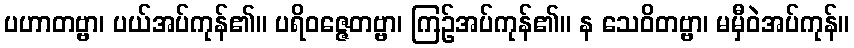
ပဟာတဗ္ဗာ၊ ပယ်အပ်ကုန်၏။ ပရိဝဇ္ဇေတဗ္ဗာ၊ ကြဉ်အပ်ကုန်၏။ န သေဝိတဗ္ဗာ၊ မမှီဝဲအပ်ကုန်။